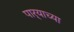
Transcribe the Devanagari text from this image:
पार्‍याच्या